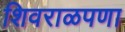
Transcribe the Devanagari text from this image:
शिवराळपणा